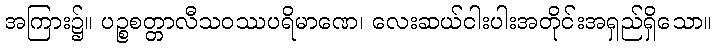
အကြား၌။ ပဉ္စစတ္တာလီသဝဿပရိမာဏေ၊ လေးဆယ်ငါးပါးအတိုင်းအရှည်ရှိသော။